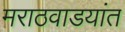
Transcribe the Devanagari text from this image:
मराठवाडयांत